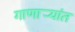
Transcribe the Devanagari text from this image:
गाणार्‍यांत